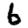
Digit: 6